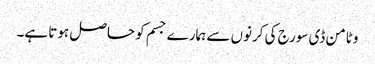
وٹامن ڈی سورج کی کرنوں سے ہمارے جسم کو حاصل ہوتا ہے۔